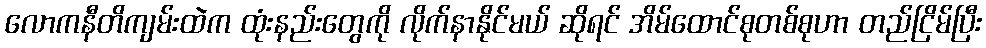
လောကနီတိကျမ်းထဲက ထုံးနည်းတွေကို လိုက်နာနိုင်မယ် ဆိုရင် အိမ်ထောင်စုတစ်စုဟာ တည်ငြိမ်ပြီး